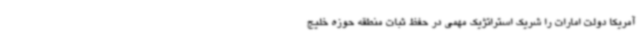
آمریکا دولت امارات را شریک استراتژیک مهمی در حفظ ثبات منطقه حوزه خلیج